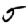
Digit: 5